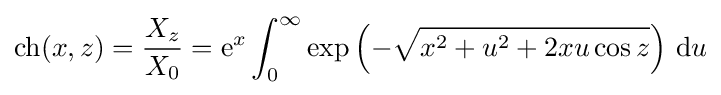
\operatorname {ch} (x,z)={\frac {X_{z}}{X_{0}}}=\mathrm {e} ^{x}\int _{0}^{\infty }\exp \left(-{\sqrt {x^{2}+u^{2}+2xu\cos z}}\right)\,\mathrm {d} u